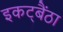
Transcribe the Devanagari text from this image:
इकट्बैंठा